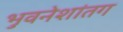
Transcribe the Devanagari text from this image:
भुवनेशांतग